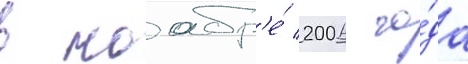
в ноабр'е́ 2006 го́да